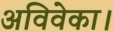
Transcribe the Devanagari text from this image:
अविवेका।